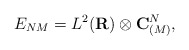
\begin{align*}E_{NM}=L^2({\bf R})\otimes {\bf C}^N_{(M)},\end{align*}